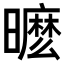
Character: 𣋟